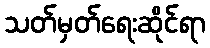
သတ်မှတ်ရေးဆိုင်ရာ